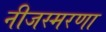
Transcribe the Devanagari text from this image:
नीजस्मरणा